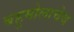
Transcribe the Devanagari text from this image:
बहुमोलाचेच